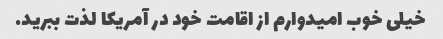
خیلی خوب امیدوارم از اقامت خود در آمریکا لذت ببرید.